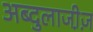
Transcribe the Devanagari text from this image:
अब्दुलाजी़ज़